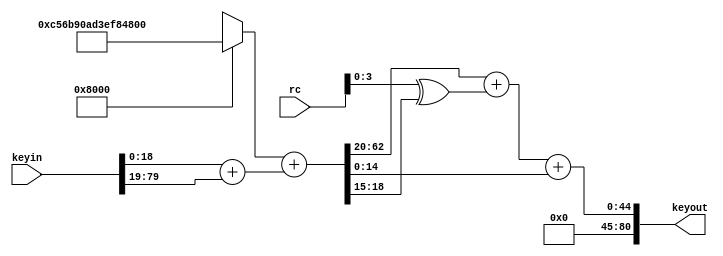
`timescale 1ns / 1ps
//////////////////////////////////////////////////////////////////////////////////
// Company: 
// Engineer: 
// 
// Design Name: 
// Module Name: KeyGeneration
// Project Name: 
// Target Devices: 
// Tool Versions: 
// Description: 
// 
// Dependencies: 
// 
// Revision:
// Revision 0.01 - File Created
// Additional Comments:
// 
//////////////////////////////////////////////////////////////////////////////////


module KeyGeneration(rc,keyin,keyout);
    
    input [7:0] rc;
   input [80:0]keyin;
   output [80:0] keyout;
   wire [79:0] k;
   wire [79:0] s;
   wire[3:0] per;
   
   wire [3 : 0] sbox [15 : 0];

          assign sbox[4'h0] = 4'hc;
          assign sbox[4'h1] = 4'h5;
          assign sbox[4'h2] = 4'h6;
          assign sbox[4'h3] = 4'hb;
          assign sbox[4'h4] = 4'h9;
          assign sbox[4'h5] = 4'h0;
          assign sbox[4'h6] = 4'ha;
          assign sbox[4'h7] = 4'hd;
          assign sbox[4'h8] = 4'h3;
          assign sbox[4'h9] = 4'he;
          assign sbox[4'ha] = 4'hf;
          assign sbox[4'hb] = 4'h8;
          assign sbox[4'hc] = 4'h4;
          assign sbox[4'hd] = 4'h7;
          assign sbox[4'he] = 4'h1;
          assign sbox[4'hf] = 4'h2;
          
 
   assign k= keyin[18:0] + keyin[79:19];
   assign s=sbox[k[79:76]] + k[75:0];
   assign per= rc^ s[19:15];
   assign keyout=s[79:20] + per + s[14:0];
   
   


endmodule